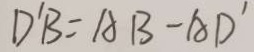
D ^ { \prime } B = A B - A D ^ { \prime }